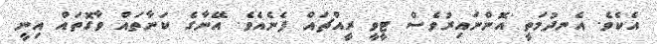
އެކެވެ. އެނދުމަތީ އޮންނައިރުވެސް ޓީވީ ރީއްޗައް ފެނެއެވެ. އޭނާގެ ކަނާތައް ވާގޮތައް އިނީ